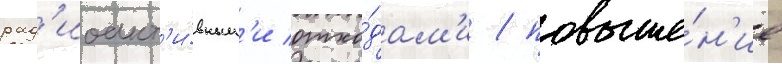
рад'иоакт'и́вным'и отхо́дам'и / повыше́н'ие